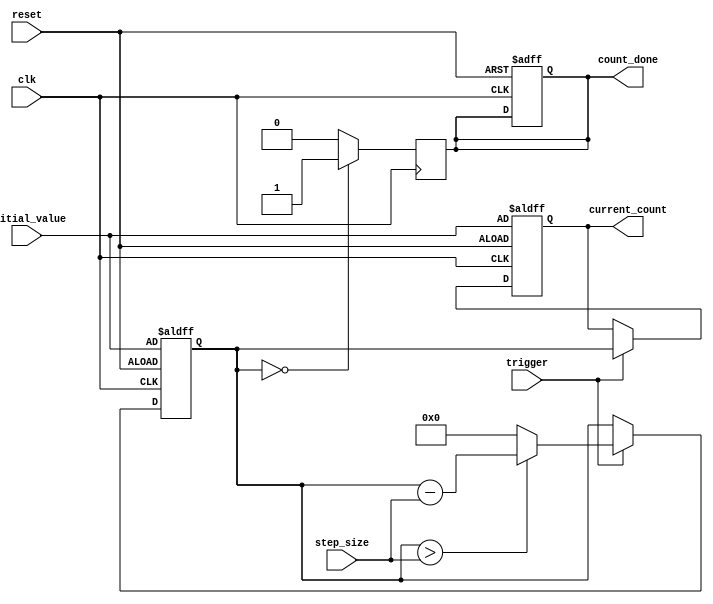
module decremental_counter (
    input wire clk,                // Clock signal
    input wire reset,              // Reset signal
    input wire trigger,            // Trigger signal to decrement
    input wire [7:0] initial_value,// Initial count value
    input wire [7:0] step_size,    // Decrement step size
    output reg [7:0] current_count, // Current count value
    output reg count_done          // Signal when count reaches zero
);

    // Internal state
    reg [7:0] count;

    // Initialize the counter
    always @(posedge clk or posedge reset) begin
        if (reset) begin
            count <= initial_value; // Load initial value on reset
            current_count <= initial_value;
            count_done <= 1'b0;     // Reset done signal
        end else if (trigger) begin
            if (count > step_size) begin
                count <= count - step_size; // Decrement by step size
            end else begin
                count <= 8'b0; // Prevent underflow
            end
            current_count <= count; // Update current count
        end
    end

    // Zero detection logic
    always @(posedge clk) begin
        if (count == 8'b0) begin
            count_done <= 1'b1; // Signal that count is done
        end else begin
            count_done <= 1'b0; // Reset done signal if count is not zero
        end
    end

endmodule